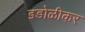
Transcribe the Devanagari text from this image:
इडोळीकर